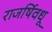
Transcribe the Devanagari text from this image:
राजर्षिवधू